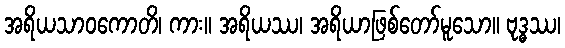
အရိယသာဝကောတိ၊ ကား။ အရိယဿ၊ အရိယာဖြစ်တော်မူသော။ ဗုဒ္ဓဿ၊